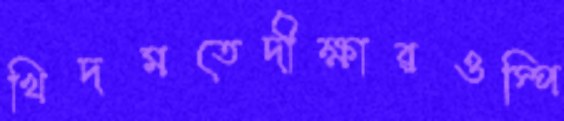
খিদমতেদীক্ষারওস্পি